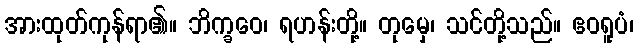
အားထုတ်ကုန်ရာ၏။ ဘိက္ခဝေ၊ ရဟန်းတို့။ တုမှေ၊ သင်တို့သည်။ ဧဝရူပံ၊